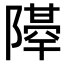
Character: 𨼣